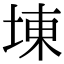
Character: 埬